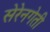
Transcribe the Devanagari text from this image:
सेरेनगेती